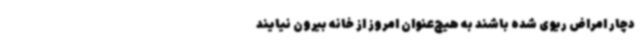
دچار امراض ریوی شده باشند به هیچ‌عنوان امروز از خانه بیرون نیایند